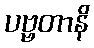
ပဗ္ဗတာနိ